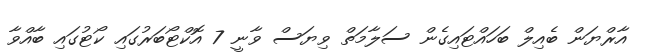
އާރްޔަން ބެއިލް ބަހައްޓައިގެން ސަލާމަތް ވިޔަސް ވާނީ 7 އޮކްޓޯބަރުގައި ކޯޓުގައި ބާއްވާ